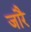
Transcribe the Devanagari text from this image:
जारै